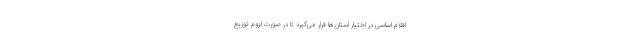
اقلام اساسی در اختیار استان‌ها قرار می‌گیرد تا در صورت لزوم توزیع